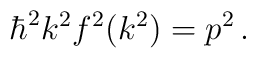
\hbar^2 k^2 f^2(k^2) = p^2 \, .